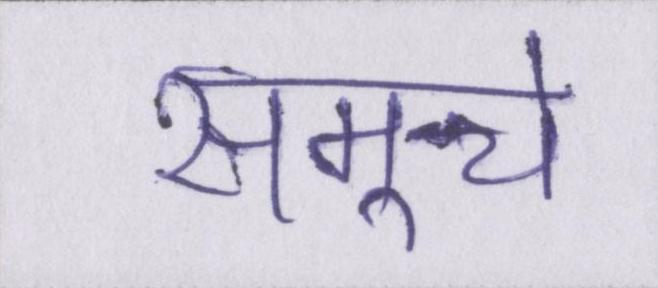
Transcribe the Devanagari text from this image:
समूचे